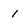
Character: 1